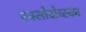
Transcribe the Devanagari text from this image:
स्क्लोदोव्स्का